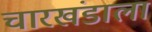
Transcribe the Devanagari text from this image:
चारखंडाला